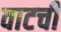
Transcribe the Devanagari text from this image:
वाटची